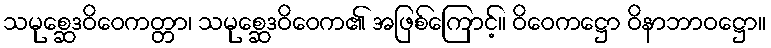
သမုစ္ဆေဒဝိဝေကတ္တာ၊ သမုစ္ဆေဒဝိဝေက၏ အဖြစ်ကြောင့်။ ဝိဝေကဋ္ဌော ဝိနာဘာဝဋ္ဌော။